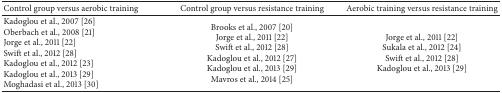
<table><thead><tr><td><b>Control group versus aerobic training</b></td><td><b>Control group versus resistance training</b></td><td><b>Aerobic training versus resistance training</b></td></tr></thead><tbody><tr><td>Kadoglou et al., 2007 [26]Oberbach et al., 2008 [21]Jorge et al., 2011 [22]Swift et al., 2012 [28]Kadoglou et al., 2012 [23]Kadoglou et al., 2013 [29]Moghadasi et al., 2013 [30]</td><td>Brooks et al., 2007 [20]Jorge et al., 2011 [22]Swift et al., 2012 [28]Kadoglou et al., 2012 [27]Kadoglou et al., 2013 [29]Mavros et al., 2014 [25]</td><td>Jorge et al., 2011 [22]Sukala et al., 2012 [24]Swift et al., 2012 [28]Kadoglou et al., 2013 [29]</td></tr></tbody></table>